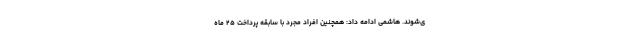
ی‌شوند. هاشمی ادامه داد: همچنین افراد مجرد با سابقه پرداخت ۲۵ ماه